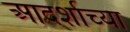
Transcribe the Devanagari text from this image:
आदर्शाच्‍या